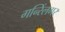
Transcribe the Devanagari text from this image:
गन्स्लिंगर